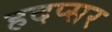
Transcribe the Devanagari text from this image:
हदप्सर